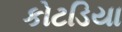
કોટડિયા